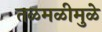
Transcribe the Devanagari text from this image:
तळमळीमुळे